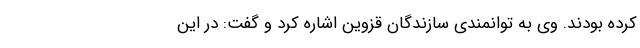
کرده بودند. وی به توانمندی سازندگان قزوین اشاره کرد و گفت: در این